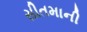
સીતમાની